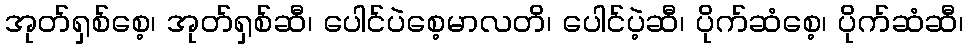
အုတ်ရှစ်စေ့၊ အုတ်ရှစ်ဆီ၊ ပေါင်ပဲစေ့မာလတိ၊ ပေါင်ပဲ့ဆီ၊ ပိုက်ဆံစေ့၊ ပိုက်ဆံဆီ၊